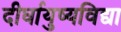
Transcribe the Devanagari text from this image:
दीर्घायुष्यविद्या